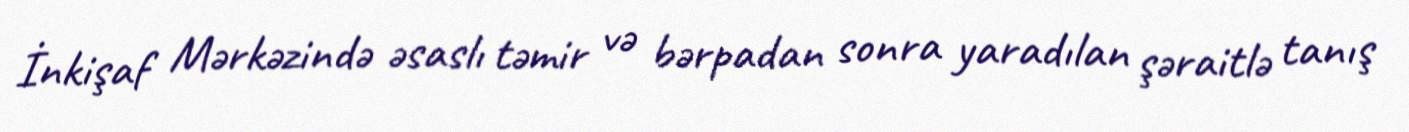
İnkişaf Mərkəzində əsaslı təmir və bərpadan sonra yaradılan şəraitlə tanış